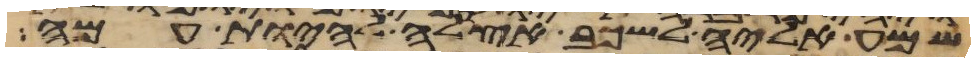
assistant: שמע אליה לשכב אצלה להיות עמה